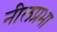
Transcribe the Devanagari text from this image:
नीलप्रभा